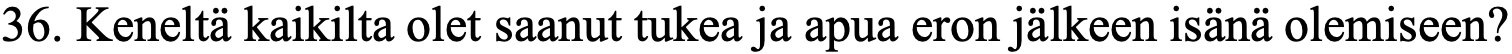
36. Keneltä kaikilta olet saanut tukea ja apua eron jälkeen isänä olemiseen?